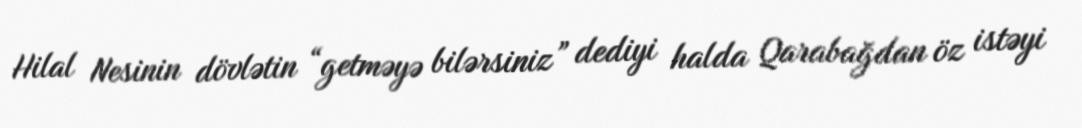
Hilal Nesinin dövlətin “getməyə bilərsiniz” dediyi halda Qarabağdan öz istəyi